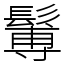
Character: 䰊